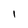
Character: I